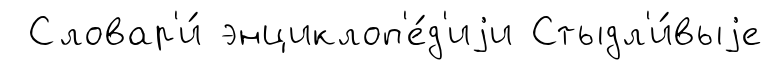
Словар'и́ энциклоп'е́д'иjи Стыдл'и́выjе